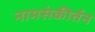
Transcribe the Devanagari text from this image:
नामसंकीर्तन